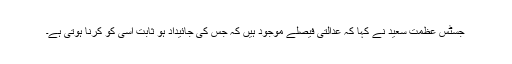
جسٹس عظمت سعید نے کہا کہ عدالتی فیصلے موجود ہیں کہ جس کی جائیداد ہو ثابت اسی کو کرنا ہوتی ہے۔